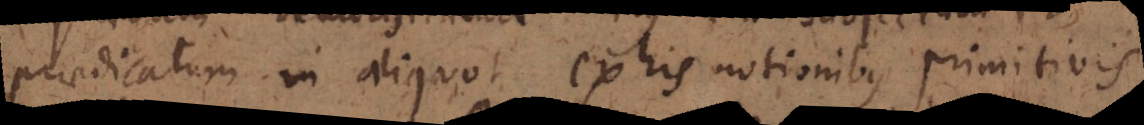
praedicatum in aliquot ex his notionibus primitivis